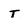
Character: T